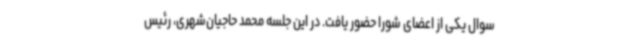
سوال یکی از اعضای شورا حضور یافت. در این جلسه محمد حاجیان‌شهری، رئیس